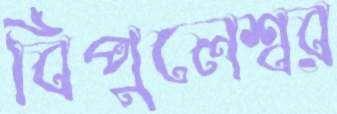
বিপুলেশ্বর